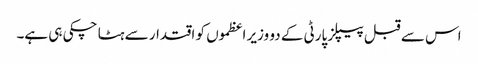
اس سے قبل پیپلز پارٹی کے دو وزیر اعظموں کو اقتدار سے ہٹا چکی ہی ہے۔